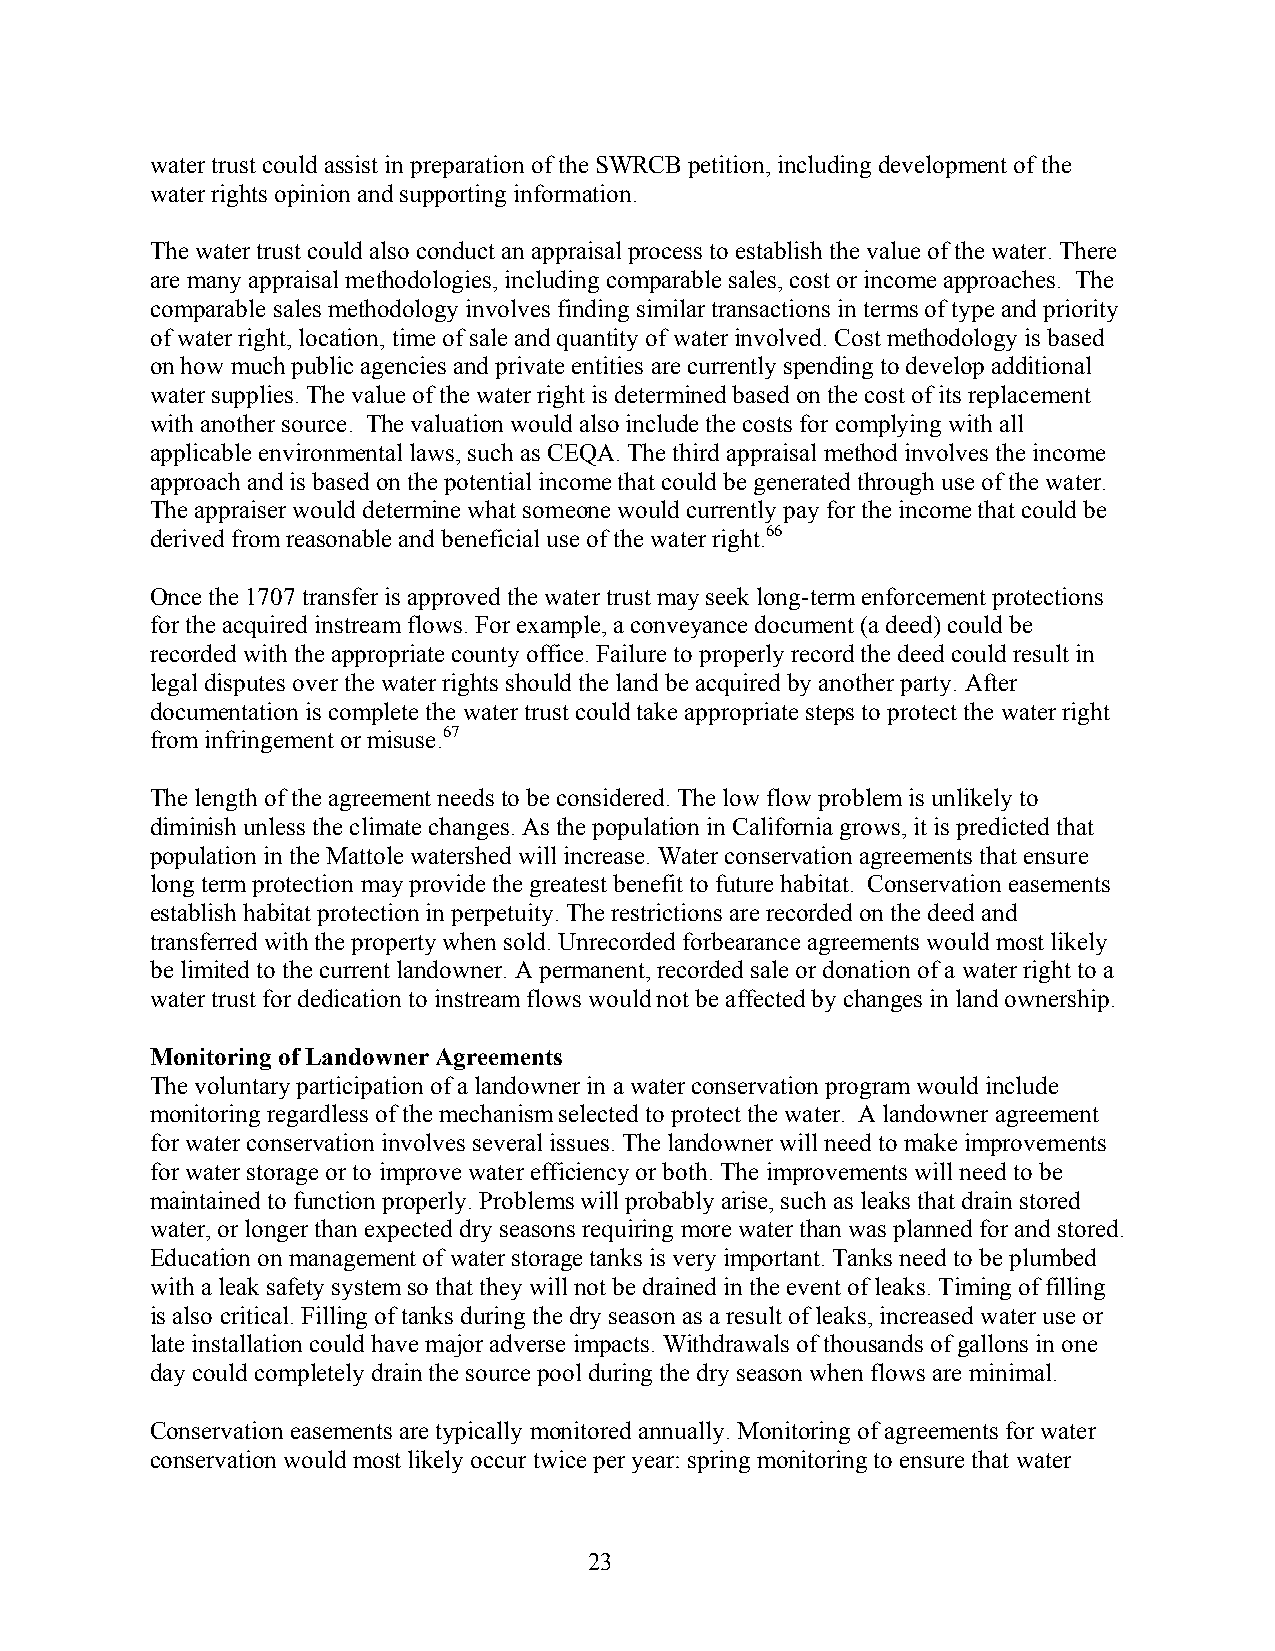
water trust could assist in preparation of the SWRCB petition, including development of the
 water rights opinion and supporting information.
 The water trust could also conduct an appraisal process to establish the value of the water. There
 are many appraisal methodologies, including comparable sales, cost or income approaches. The
 comparable sales methodology involves finding similar transactions in terms of type and priority
 of water right, location, time of sale and quantity of water involved. Cost methodology is based
 on how much public agencies and private entities are currently spending to develop additional
 water supplies. The value of the water right is determined based on the cost of its replacement
 with another source. The valuation would also include the costs for complying with all
 applicable environmental laws, such as CEQA. The third appraisal method involves the income
 approach and is based on the potential income that could be generated through use of the water.
 The appraiser would determine what someone would currently pay for the income that could be
 derived from reasonable and beneficial use of the water right.66
 Once the 1707 transfer is approved the water trust may seek long-term enforcement protections
 for the acquired instream flows. For example, a conveyance document (a deed) could be
 recorded with the appropriate county office. Failure to properly record the deed could result in
 legal disputes over the water rights should the land be acquired by another party. After
 documentation is complete the water trust could take appropriate steps to protect the water right
 from infringement or misuse.67
 The length of the agreement needs to be considered. The low flow problem is unlikely to
 diminish unless the climate changes. As the population in California grows, it is predicted that
 population in the Mattole watershed will increase. Water conservation agreements that ensure
 long term protection may provide the greatest benefit to future habitat. Conservation easements
 establish habitat protection in perpetuity. The restrictions are recorded on the deed and
 transferred with the property when sold. Unrecorded forbearance agreements would most likely
 be limited to the current landowner. A permanent, recorded sale or donation of a water right to a
 water trust for dedication to instream flows would not be affected by changes in land ownership.
 Monitoring of Landowner Agreements
 The voluntary participation of a landowner in a water conservation program would include
 monitoring regardless of the mechanism selected to protect the water. A landowner agreement
 for water conservation involves several issues. The landowner will need to make improvements
 for water storage or to improve water efficiency or both. The improvements will need to be
 maintained to function properly. Problems will probably arise, such as leaks that drain stored
 water, or longer than expected dry seasons requiring more water than was planned for and stored.
 Education on management of water storage tanks is very important. Tanks need to be plumbed
 with a leak safety system so that they will not be drained in the event of leaks. Timing of filling
 is also critical. Filling of tanks during the dry season as a result of leaks, increased water use or
 late installation could have major adverse impacts. Withdrawals of thousands of gallons in one
 day could completely drain the source pool during the dry season when flows are minimal.
 Conservation easements are typically monitored annually. Monitoring of agreements for water
 conservation would most likely occur twice per year: spring monitoring to ensure that water
 23